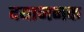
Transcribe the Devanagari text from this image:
दयाजनक